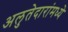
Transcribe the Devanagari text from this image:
अलुतेदारांमध्ये